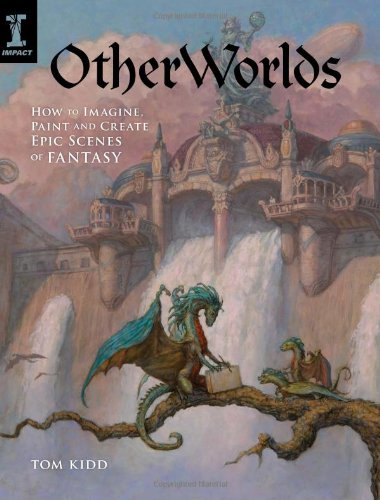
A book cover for OtherWorlds: How to Imagine, Paint and Create Epic Scenes of Fantasy; Tom Kidd; Arts & Photography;